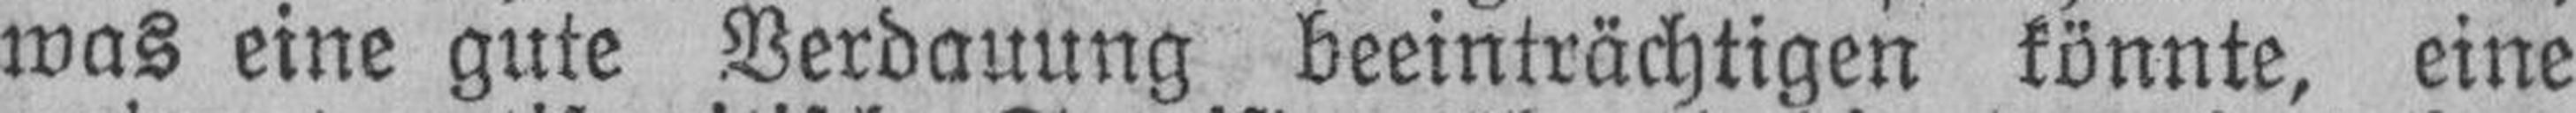
was eine gute Verdauung beeinträchtigen könnte, eine